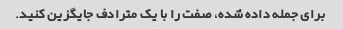
برای جمله داده شده، صفت را با یک مترادف جایگزین کنید.